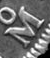
M